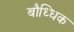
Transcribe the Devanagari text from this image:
बौध्धिक